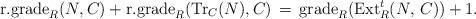
LaTeX: \begin{align*}\textrm{r.grade}_R(N, C) + \textrm{r.grade}_R(\textrm{Tr}_C (N), C) \, = \, \textrm{grade}_R(\textrm{Ext}_{R}^t(N,\,C))+1.\end{align*}